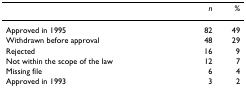
<table><thead><tr><td></td><td><b><i>n</i></b></td><td><b>%</b></td></tr></thead><tbody><tr><td>Approved in 1995</td><td>82</td><td>49</td></tr><tr><td>Withdrawn before approval</td><td>48</td><td>29</td></tr><tr><td>Rejected</td><td>16</td><td>9</td></tr><tr><td>Not within the scope of the law</td><td>12</td><td>7</td></tr><tr><td>Missing file</td><td>6</td><td>4</td></tr><tr><td>Approved in 1993</td><td>3</td><td>2</td></tr></tbody></table>